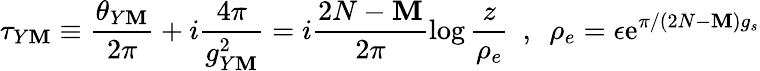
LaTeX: \tau_{Y\mathbf{M}}\equiv\frac{{\theta_{Y\mathbf{M}}}}{{2\pi}}+i\frac{{4\pi}}{{g_{Y\mathbf{M}}^{2}}}=i\frac{{2N-\mathbf{M}}}{{2\pi}}\log\frac{{z}}{{\rho_{e}}}~~,~~\rho_{e}=\epsilon\mathrm{{e}}^{\pi/(2N-\mathbf{M})g_{s}}